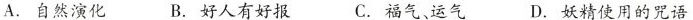
A. 自然演化B. 好人有好报C. 福气，运气 D. 妖精使用的咒语